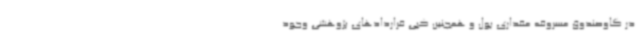
در گاوصندوق مسروقه مقداری پول و همچنین کپی قراردادهای پژوهشی وجود